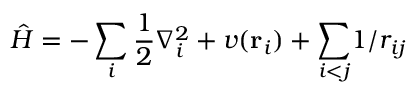
\hat { H } = - \sum _ { i } \frac { 1 } { 2 } \nabla _ { i } ^ { 2 } + v ( { \mathbf { r } _ { i } ) + \sum _ { i < j } } 1 / r _ { i j }